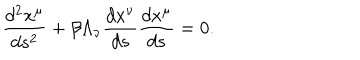
LaTeX: \frac { d ^ { 2 } x ^ { \mu } } { d s ^ { 2 } } + \beta \Lambda _ { \nu } \frac { d x ^ { \nu } } { d s } \frac { d x ^ { \mu } } { d s } = 0 .